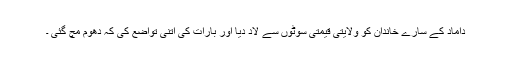
داماد کے سارے خاندان کو ولایتی قیمتی سوٹوں سے لاد دیا اور بارات کی اتنی تواضع کی کہ دھوم مچ گئی ۔